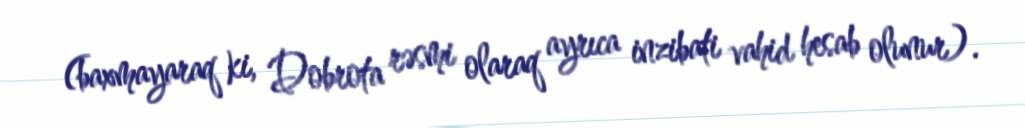
(baxmayaraq ki, Dobrota rəsmi olaraq ayrıca inzibati vahid hesab olunur).